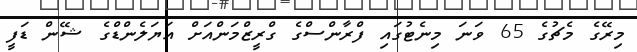
މިރޭގެ މެޗުގެ 65 ވަނަ މިނެޓުގައި ފްރާންސްގެ ގްރީޒްމަންއަށް އަޔަލެންޑްގެ ޝޭން ޑަފީ